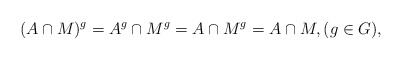
\begin{align*}(A\cap M)^g = A^g \cap M^g = A \cap M^g = A \cap M,(g\in G),\end{align*}